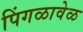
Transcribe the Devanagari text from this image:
पिंगळावेळ